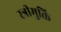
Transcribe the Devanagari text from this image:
स्त्रीमुक्ति